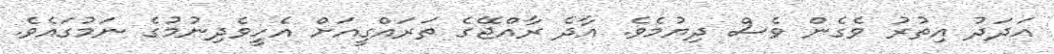
އަދަދު އިތުރު ވެގެން ވެސް ދިޔުމެވެ. އާދެ ރާއްޖޭގެ ތަރައްގީއަށް އެހީވެދިނުމުގެ ނަމުގައެވެ.